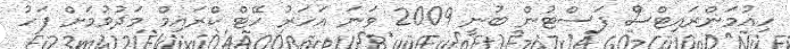
ހިއުމަންރައިޓްސް ފަސްޓުން ބުނީ 2009 ވަނަ އަހަރު ހޭޓް ކްރައިމް މަދުވުމަށް ފަހު